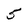
Character: 5